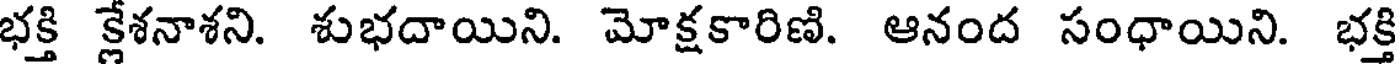
భక్తి క్లేశనాశని. శుభదాయిని. మోక్షకారిణి. ఆనంద సంధాయిని. భక్తి